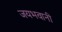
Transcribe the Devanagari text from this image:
जयभवानी